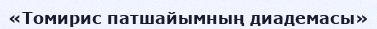
«Томирис патшайымның диадемасы»